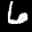
Label: 6